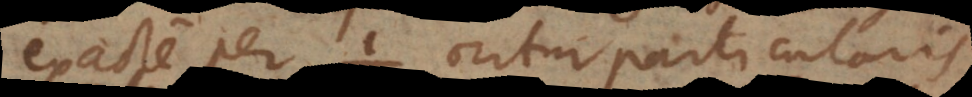
exacte per oritur particularis